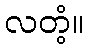
လတံ့။